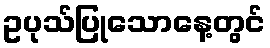
ဥပုသ်ပြုသောနေ့တွင်